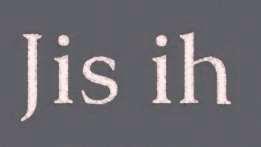
Jis ih